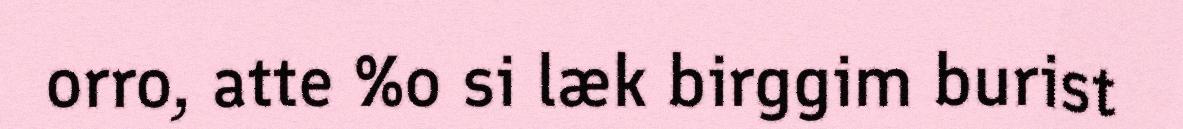
orro, atte %o si læk birggim burist